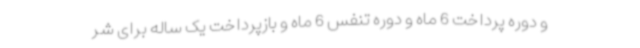
و دوره پرداخت 6 ماه و دوره تنفس 6 ماه و بازپرداخت یک ساله برای شر